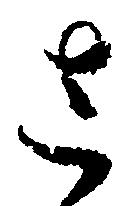
さ